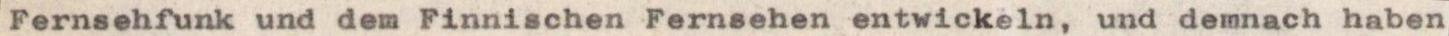
Fernsehfunk und dem Finnischen Fernsehen entwickeln, und demnach haben